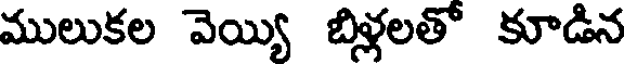
ములుకల వెయ్యి బిళ్లలతో కూడిన